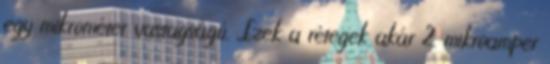
egy mikrométer vastagságú. „Ezek a rétegek akár 2 mikroamper